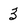
Character: 3